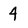
Character: 4